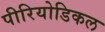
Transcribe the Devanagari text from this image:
पीरियोडिकल